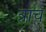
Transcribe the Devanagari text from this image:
त्राच